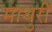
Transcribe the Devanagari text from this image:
माथुरीं